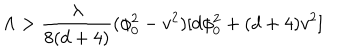
\Lambda > { \frac { \lambda } { 8 ( d + 4 ) } } ( \phi _ { 0 } ^ { 2 } - v ^ { 2 } ) [ d \phi _ { 0 } ^ { 2 } + ( d + 4 ) v ^ { 2 } ]